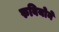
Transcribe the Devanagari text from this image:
रुबियोने